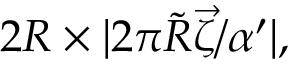
2 R \times | 2 \pi \tilde { R } \vec { \zeta } / \alpha ^ { \prime } | ,